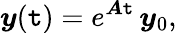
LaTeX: \boldsymbol{y}(\mathtt{t})=e^{\boldsymbol{A}\mathtt{t}}\, \boldsymbol{y}_{0},